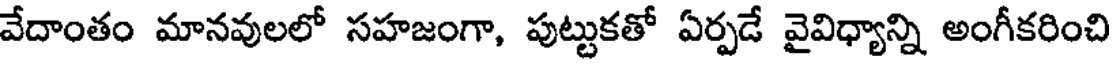
వేదాంతం మానవులలో సహజంగా, పుట్టుకతో ఏర్పడే వైవిధ్యాన్ని అంగీకరించి